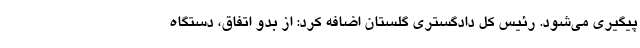
پیگیری می‌شود. رئیس کل دادگستری گلستان اضافه کرد: از بدو اتفاق، دستگاه